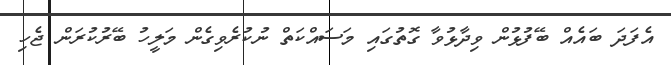
އެފަދަ ބައެއް ބޭފުޅުން ވިދާޅުވާ ގޮތުގައި މަސައްކަތް ނުކުރެވިގެން މަލީހު ބޭރުކުރަން ޖެހި